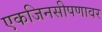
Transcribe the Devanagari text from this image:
एकजिनसीपणावर